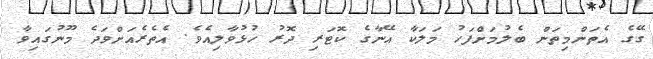
ގޭގެ އެތަންމިތަން ބެލުމަށްފަހު މަލަކާ އޭނާގެ ކޮޓަރި ދޮރު ހުޅުވާލިއެވެ. އެތެރެއަށްވަދެ މޫނުގައިވާ